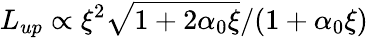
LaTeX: L_{up}\propto\xi^{2}\sqrt{1+2\alpha_{0}\xi}/(1+\alpha_{0}\xi)